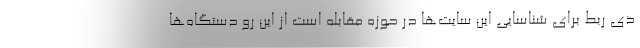
ذی ربط برای شناسایی این سایت‌ها در حوزه مقابله است از این رو دستگاه‌ها